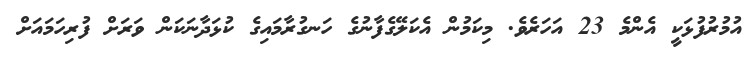
އުމުރުފުޅަކީ އެންމެ 23 އަހަރެވެ. މިކަމުން އެކަލޭގެފާނުގެ ހަނގުރާމައިގެ ކުޅަދާނަކަން ވަރަށް ފުރިހަމައަށް